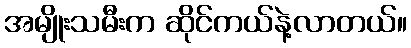
အမျိုးသမီးက ဆိုင်ကယ်နဲ့လာတယ်။